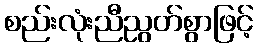
စည်းလုံးညီညွတ်စွာဖြင့်